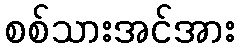
စစ်သားအင်အား